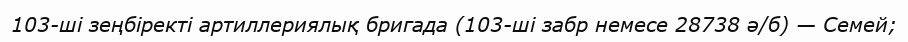
103-ші зеңбіректі артиллериялық бригада (103-ші забр немесе 28738 ә/б) — Семей;